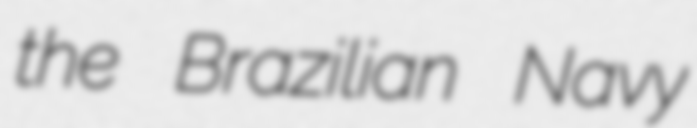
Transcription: the Brazilian Navy